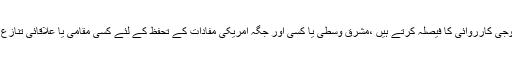
تاہم اگر صدر ٹرمپ خطے میں امریکی برتری قائم کرنے کے لئے یک طرفہ فوجی کارروائی کا فیصلہ کرتے ہیں ،مشرق وسطیٰ یا کسی اور جگہ امریکی مفادات کے تحفظ کے لئے کسی مقامی یا علاقائی تنازع میں مداخلت کرتے ہیں تو انہیں انتہائی مشکل صورت حال کا سامنا ہو سکتا ہے۔